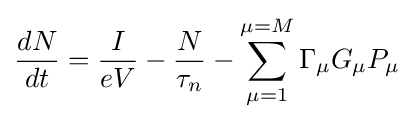
{\frac {dN}{dt}}={\frac {I}{eV}}-{\frac {N}{\tau _{n}}}-\sum _{\mu =1}^{\mu =M}\Gamma _{\mu }G_{\mu }P_{\mu }